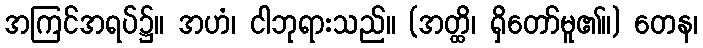
အကြင်အရပ်၌။ အဟံ၊ ငါဘုရားသည်။ (အတ္ထိ၊ ရှိတော်မူ၏။) တေန၊